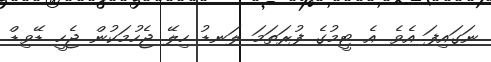
ނަގައިފަ އެވެ. އެ ޓީމުގެ ފުރަތަމަ ލަނޑު ހިލޭ ޖެހުމަކުން ޖެހީ ޑޭވިޑް